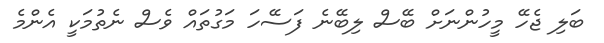
ބަލި ޖެހޭ މީހުންނަށް ބޭސް ލިބޭނެ ފަސޭހަ މަގުތައް ވެސް ނެތުމަކީ އެންމެ